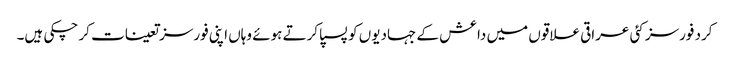
کرد فورسز کئی عراقی علاقوں میں داعش کے جہادیوں کو پسپا کرتے ہوئے وہاں اپنی فورسز تعینات کر چکی ہیں۔